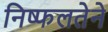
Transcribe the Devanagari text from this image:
निष्फलतेने